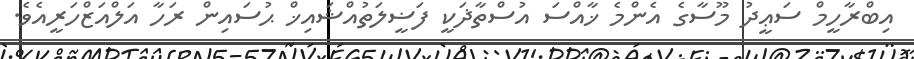
އިބްރާހީމް ސަޢީދު މޫސާގެ އެންމެ ޚާއްސަ އުސްތާޛަކީ ފަޟީލަތުއްޝައިޚް ޙުސައިން ރަހާ އަލްއަޒްހަރީއެވެ.